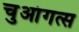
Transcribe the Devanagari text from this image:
चुआंगत्स